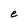
Character: e